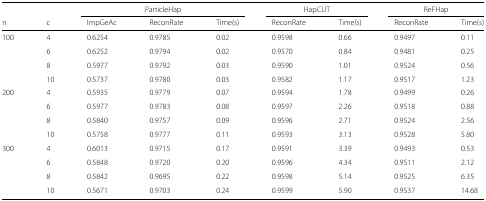
|  | <COLSPAN=3> ParticleHap | <COLSPAN=2> HapCUT | <COLSPAN=2> ReFHap |  |
 | n | c | ImpGeAc | ReconRate | Time(s) | ReconRate | Time(s) | ReconRate | Time(s) |
 | --- | --- | --- | --- | --- | --- | --- | --- | --- |
 | 100 | 4 | 0.6254 | 0.9785 | 0.02 | 0.9598 | 0.66 | 0.9497 | 0.11 |
 |  | 6 | 0.6252 | 0.9794 | 0.02 | 0.9570 | 0.84 | 0.9481 | 0.25 |
 |  | 8 | 0.5977 | 0.9792 | 0.03 | 0.9590 | 1.01 | 0.9524 | 0.56 |
 |  | 10 | 0.5737 | 0.9780 | 0.03 | 0.9582 | 1.17 | 0.9517 | 1.23 |
 | 200 | 4 | 0.5935 | 0.9779 | 0.07 | 0.9594 | 1.78 | 0.9499 | 0.26 |
 |  | 6 | 0.5977 | 0.9783 | 0.08 | 0.9597 | 2.26 | 0.9518 | 0.88 |
 |  | 8 | 0.5840 | 0.9757 | 0.09 | 0.9596 | 2.71 | 0.9524 | 2.56 |
 |  | 10 | 0.5758 | 0.9777 | 0.11 | 0.9593 | 3.13 | 0.9528 | 5.80 |
 | 300 | 4 | 0.6013 | 0.9715 | 0.17 | 0.9591 | 3.39 | 0.9493 | 0.53 |
 |  | 6 | 0.5848 | 0.9720 | 0.20 | 0.9596 | 4.34 | 0.9511 | 2.12 |
 |  | 8 | 0.5842 | 0.9695 | 0.22 | 0.9598 | 5.14 | 0.9525 | 6.35 |
 |  | 10 | 0.5671 | 0.9703 | 0.24 | 0.9599 | 5.90 | 0.9537 | 14.68 |